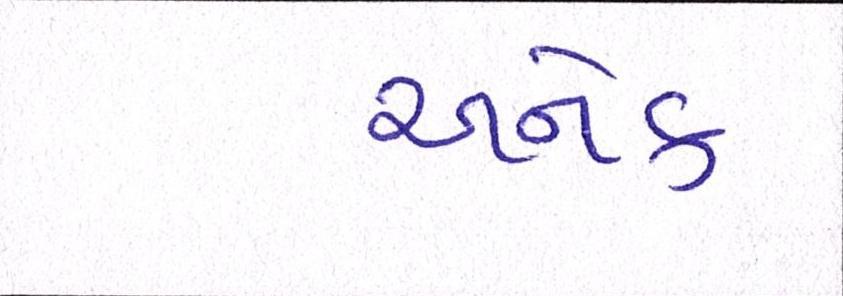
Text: અનેક